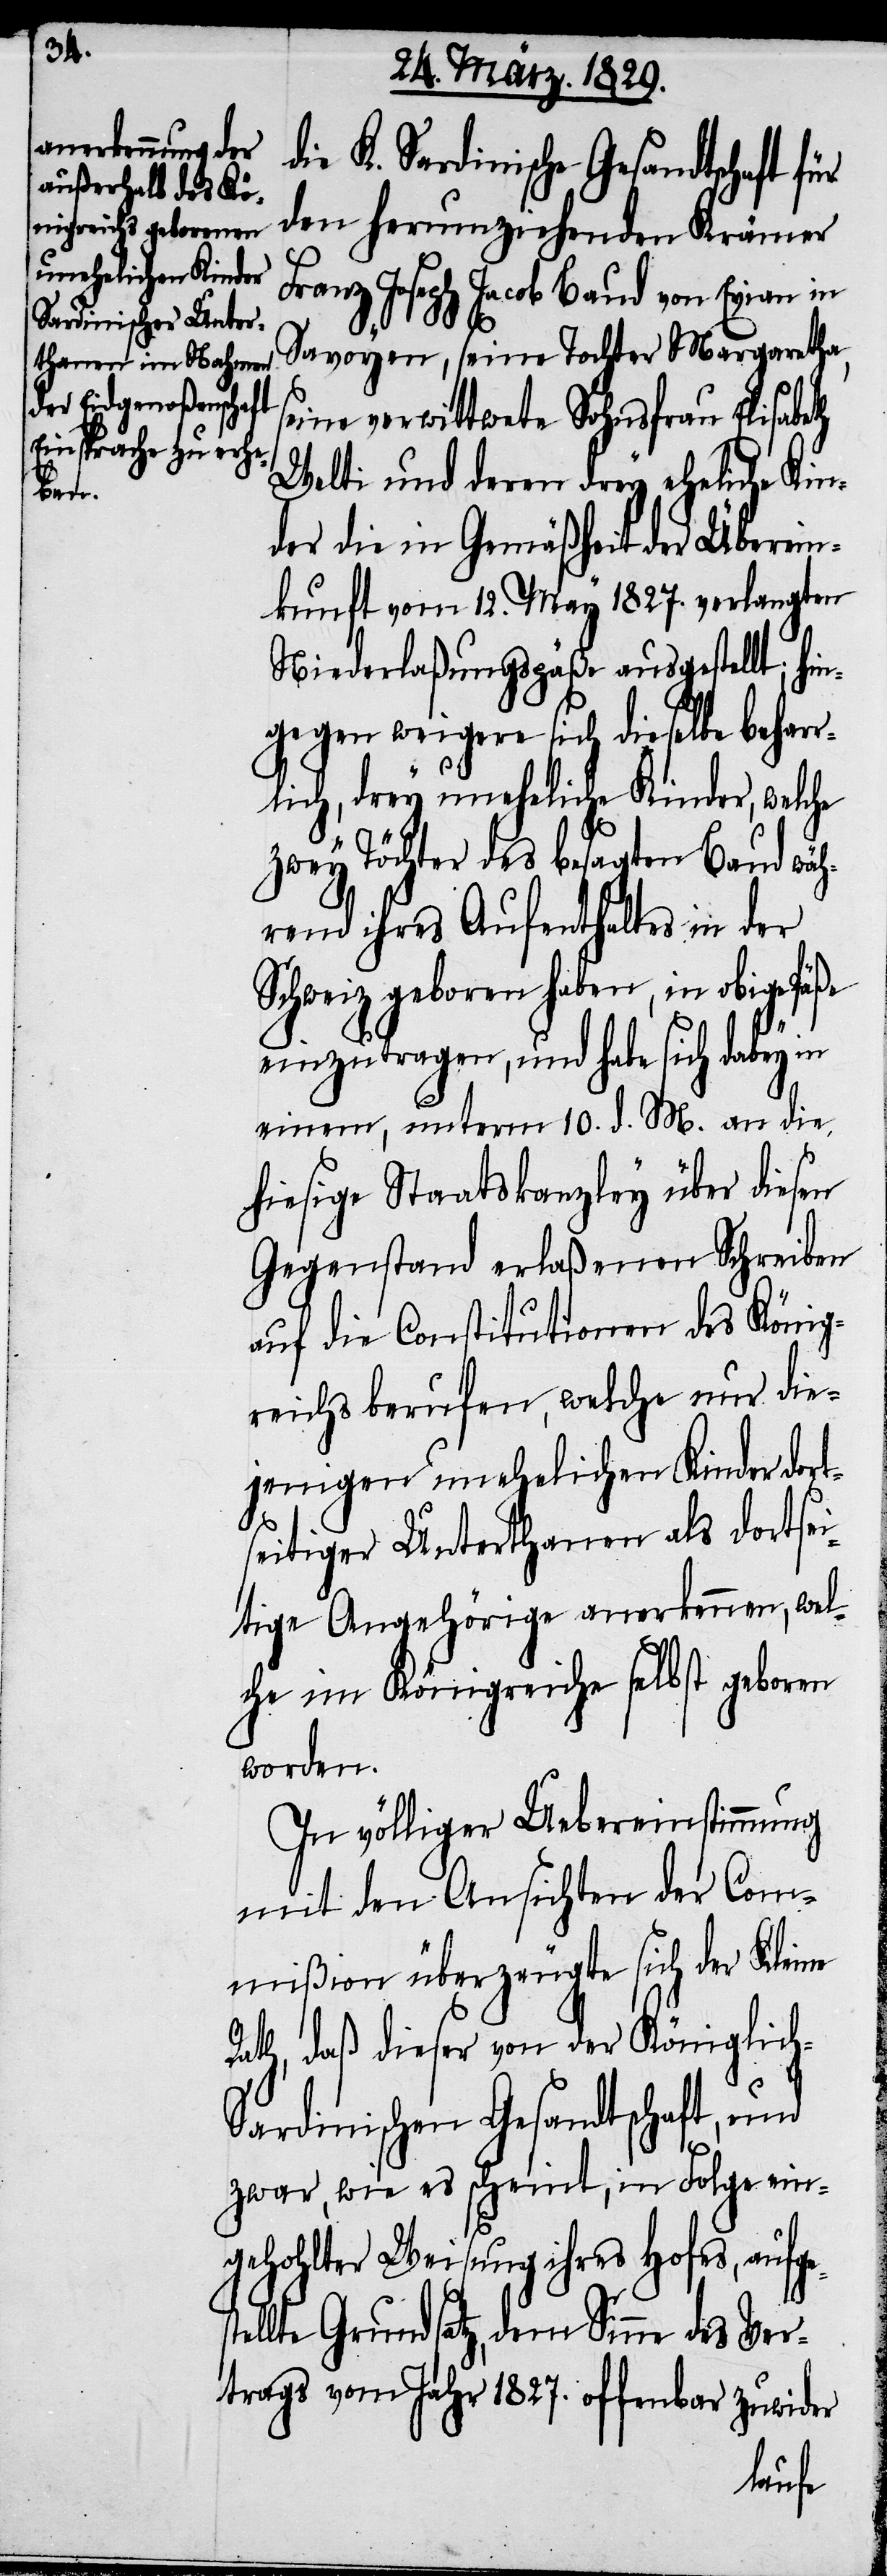
die K. Sardinische Gesandtschaft für
den herumziehenden Krämer
Franz Joseph Jacob Baud von Evian in
s¬
Savoyen, seine Tochter Margaretha,
seine verwittwete Sohnsfrau Elisabeth
Welti und deren drey eheliche Kin¬
der die in Gemäßheit der Überein¬
kunft vom 12. May 1827. verlangten
Niederlaßungspäße ausgestellt; hin¬
gegen weigere sich dieselbe behar¬
rlich, drey uneheliche Kinder, welche
zwey Töchter des besagten Baud wäh¬
rend ihres Aufenthaltes in der
Schweiz geboren haben, in obige Päße
einzutragen, und habe sich dabey in
einem, unterm 10. d. M. an die
hiesige Staatskanzley über diesen
Gegenstand erlaßenen Schreiben
auf die Constitution des König¬
reichs berufen, welche nur die¬
jenigen unehelichen Kinder dort¬
seitiger Unterthanen als dortsei¬
tige Angehörige anerkennen, wel¬
che im Königreich selbst geboren
worden.
In völliger Uebereinstimmung
mit den Ansichten der Com¬
mißion überzeugte sich der Kleine
Rath, daß dieser von der Königlich-S¬
ardinischen Gesandtschaft, und
zwar, wie es scheint, in Folge ein¬
gehohlter Weisung ihres Hofes, aufge¬
tellte Grundsatz, dem Sinne des Ver¬
trags vom Jahr 1827. offenbar zuwider